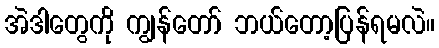
အဲဒါတွေကို ကျွန်တော် ဘယ်တော့ပြန်ရမလဲ။